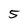
Character: 5